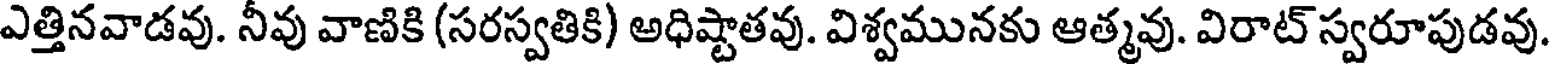
ఎత్తినవాడవు. నీవు వాణికి (సరస్వతికి) అధిష్టాతవు. విశ్వమునకు ఆత్మవు. విరాట్ స్వరూపుడవు.